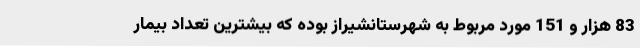
83 هزار و 151 مورد مربوط به شهرستانشیراز بوده که بیشترین تعداد بیمار